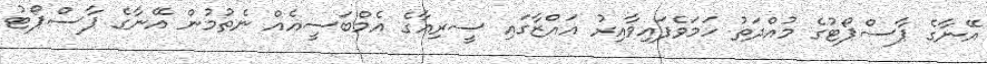
އޭނާގެ ޕާސްޕޯޓުގެ މުއްދަތު ހަމަވެފައިވާއިރު ޣައްޒާގައި ސީރިއާގެ އެމްބަސީއެއް ނެތުމުން އޭނާގެ ޕާސްޕޯޓު